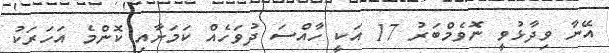
އޭނާ ވިދާޅުވީ ނޮވެމްބަރު 17 އަކީ ހާއްސަ ދުވަހެއް ކަމަށާއި ކޮންމެ އަހަރަކު